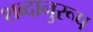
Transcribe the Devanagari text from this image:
शब्दानुरूप